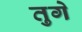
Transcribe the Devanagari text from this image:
तुगे